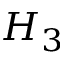
H _ { 3 }